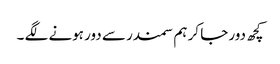
کچھ دور جا کر ہم سمندر سے دور ہونے لگے ۔